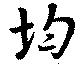
均